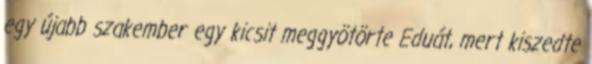
egy újabb szakember egy kicsit meggyötörte Eduát, mert kiszedte